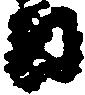
日